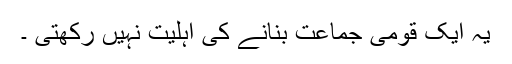
یہ ایک قومی جماعت بنانے کی اہلیت نہیں رکھتی ۔